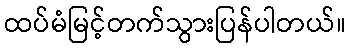
ထပ်မံမြင့်တက်သွားပြန်ပါတယ်။